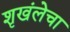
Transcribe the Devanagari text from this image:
शृखंलेचा